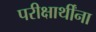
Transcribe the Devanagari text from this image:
परीक्षार्थींना